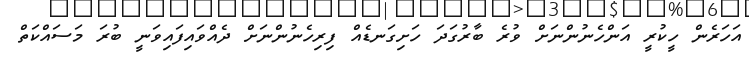
އަހަރެން ހީކުރީ އަންހެނުންނަށް ވުރެ ބާރުގަދަ ހަށިގަނޑެއް ފިރިހެނުންނަށް ދެއްވައިފައިވަނީ ބުރަ މަސައްކަތް